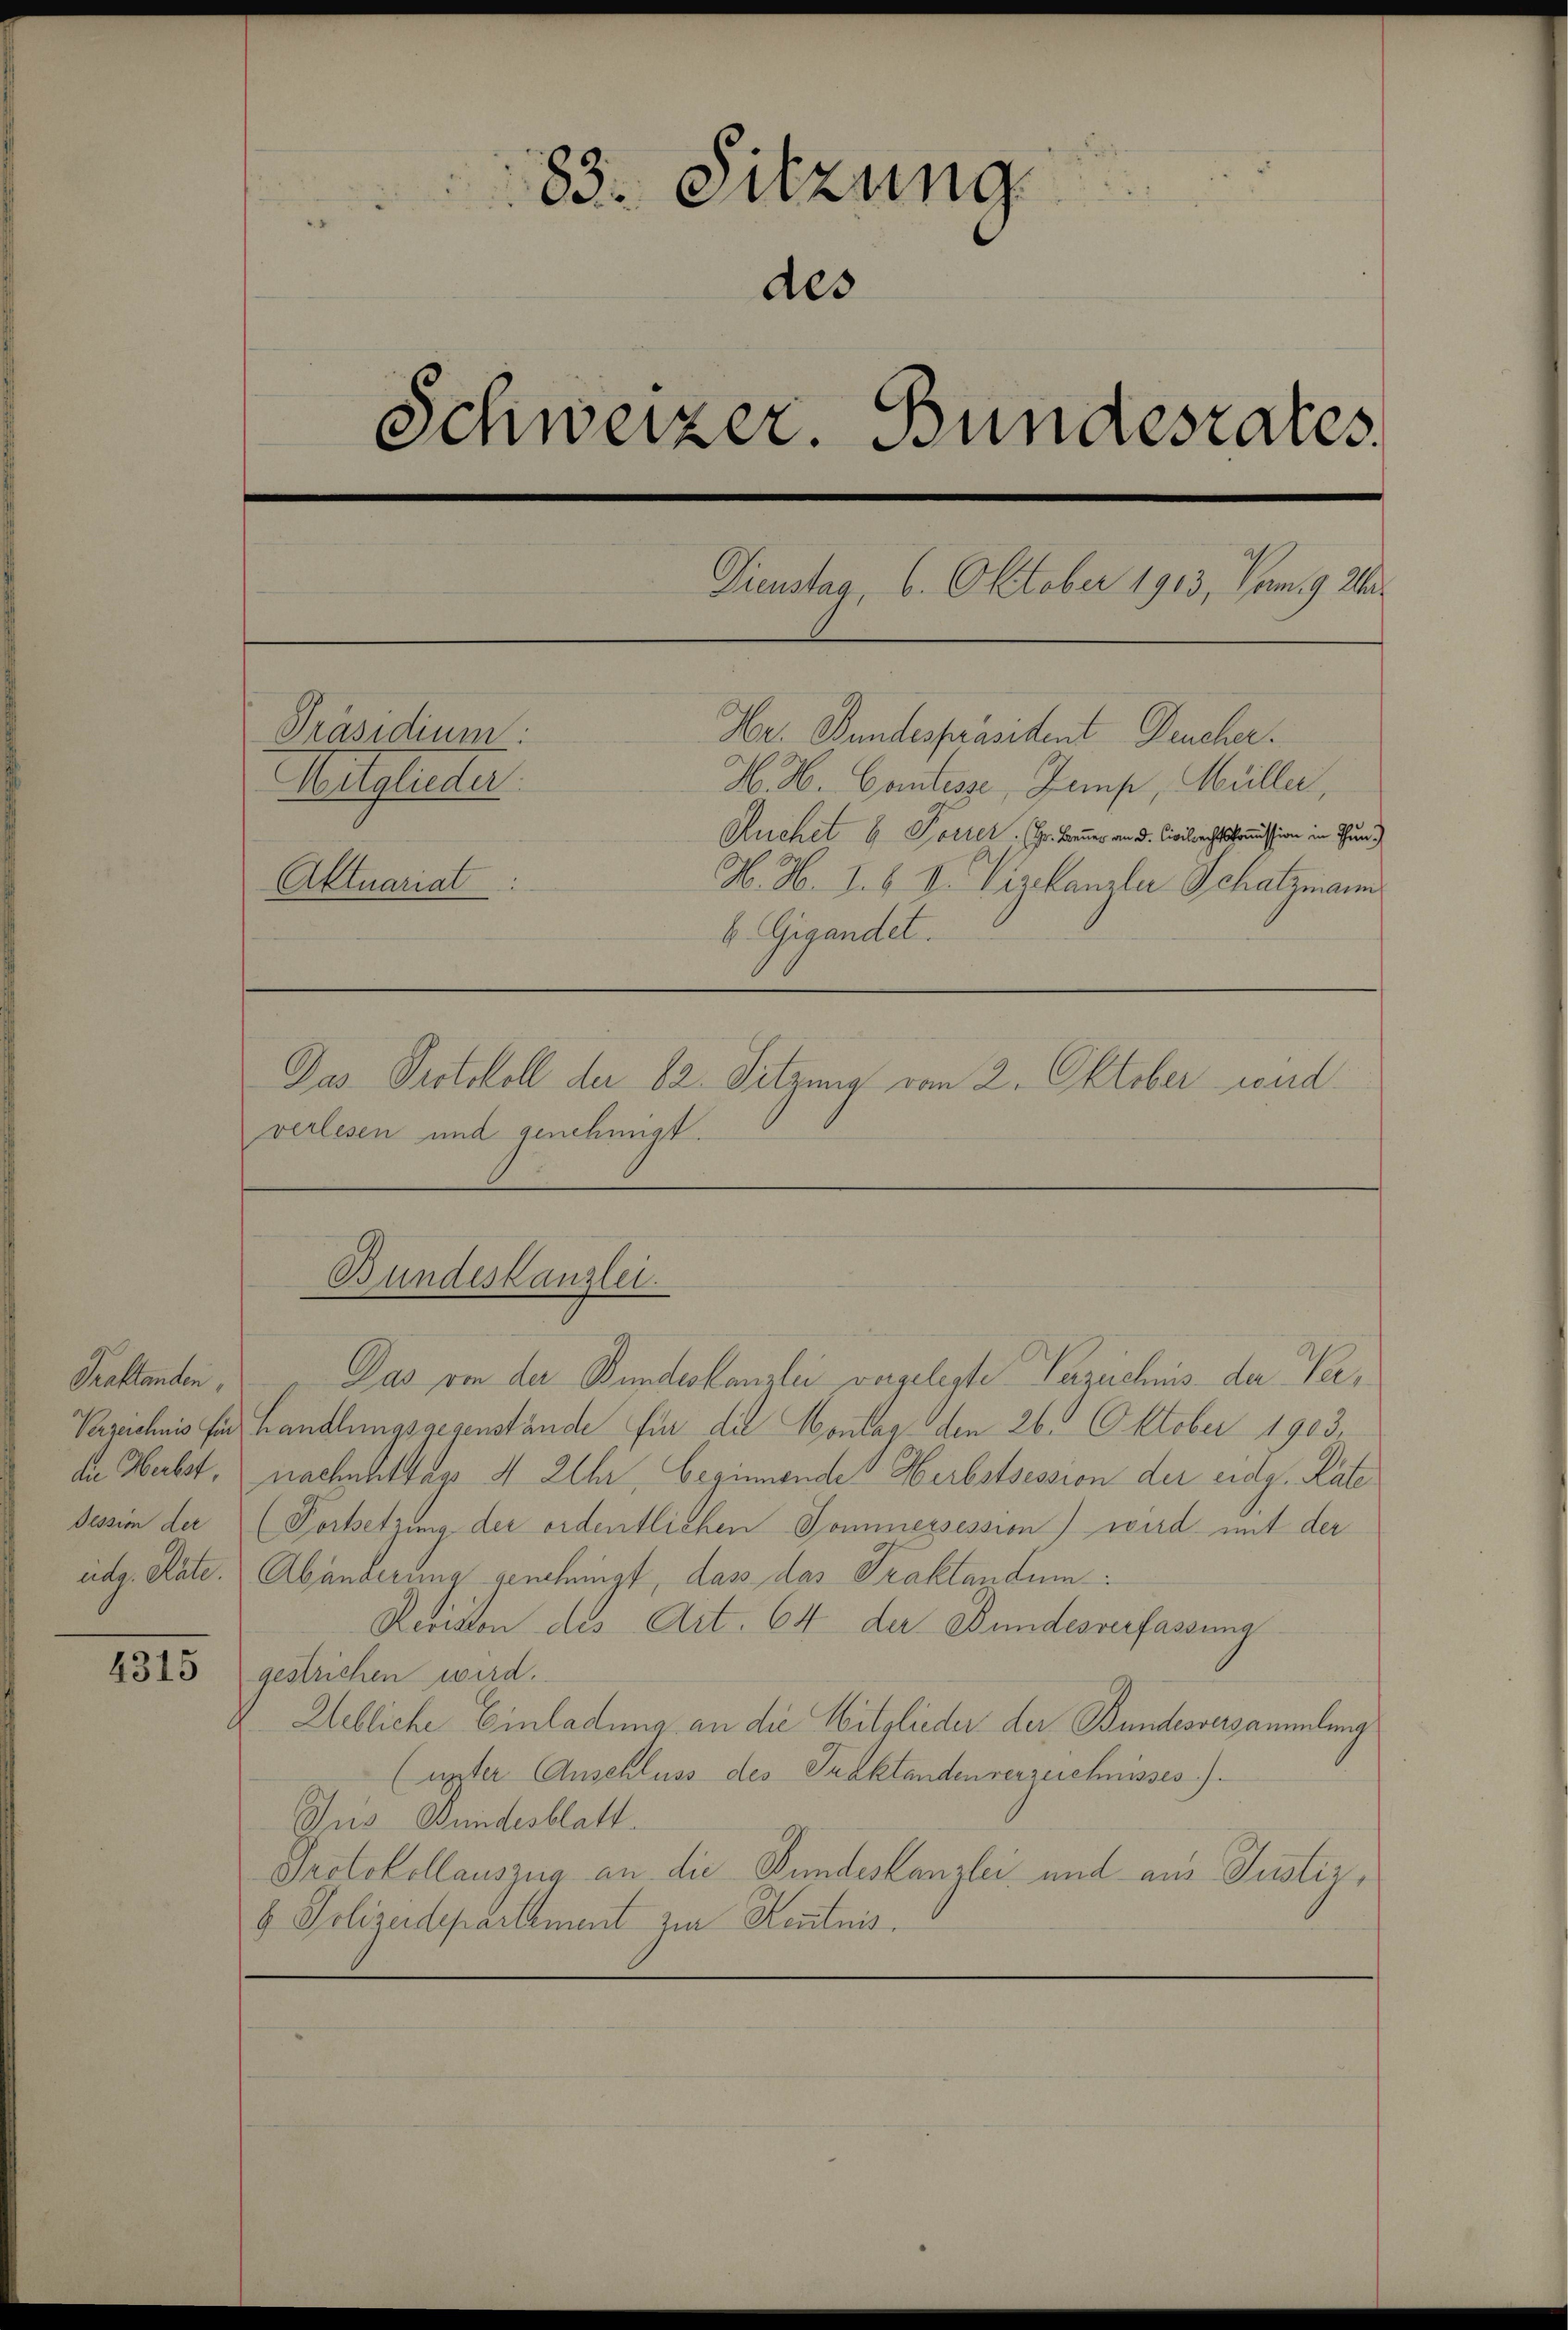
Traktanden,

4315

83. Sitzung
des
Schweizer. Bundesrates
Dienstag, 6. Oktober 1913, Nam 9. We¬
Präsidium:
Hr. Bundespräsident Deucher.
Mitglieder.
H. H. Contisse, Zemp, Müller,
Auchet 6 Torter. Hr. Banner von d. Civilrechtskommission in Thun.
Aktuariat
H. H. I. b. V. Vizekanzler Schatzmann
b. Gigandet.
Das Protokoll der 82. Sitzung vom 2. Oktober sond
verlesen und genehmigt.

Bundeskanzlei.

Das von der Bundeskanzlei vergelegte Verzeichnis der Ver¬
Verzeichnis für handlungsgegenstände für die Montag, den 26. Oktober 1903.
de Herbst, nachmittags 4 Uhr, beginnendes Herbstsession der eidg. Rate
Tessin der (Fortsetzung der ordentlichen Sommersession) wird mit der
übg. Rate. Abänderung genehmigt, dass das Traktandum.
Revision des Art. 64 der Bundesverfassung
gestrichen wird.
Uebliche Einladung an die Mitglieder der Bundesversammlung
(unter Anschluss des Traktandenverzeichnisses.).
Aus Bundesblatt
Protokollauszug an die Bundeskanzlei und aus Justiz¬
6. Polizeidepartement zur Kenntnis.